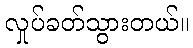
လှုပ်ခတ်သွားတယ်။